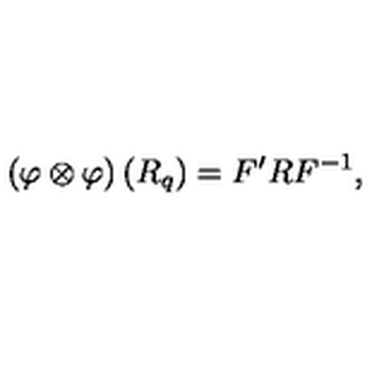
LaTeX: \left( \varphi \otimes \varphi \right) \left( R _ { q } \right) = F ^ { \prime } R F ^ { - 1 } ,